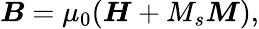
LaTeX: {\boldsymbol{B}}=\mu_{0}({\boldsymbol{H}}+M_{s}{\boldsymbol{M}}),